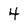
Character: 4